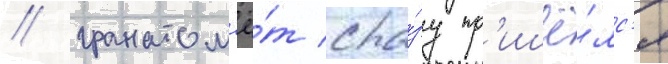
/ гранатом'ё́т сра́зу пр'ишё́лс'я